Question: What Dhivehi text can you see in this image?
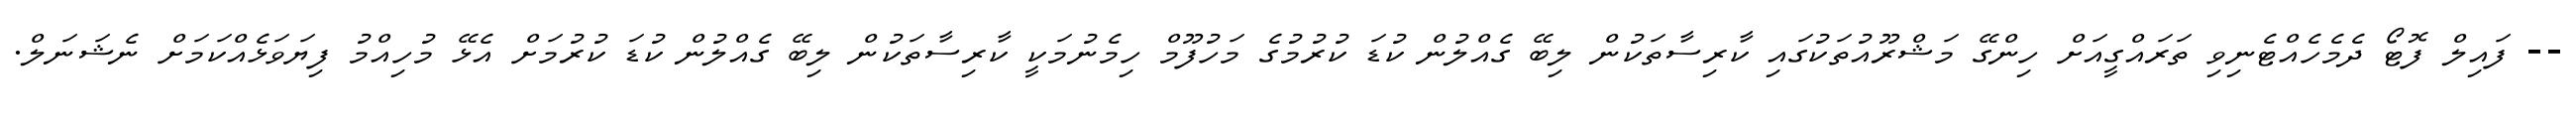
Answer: -- ފައިލް ފޮޓޯ ދެމެހެއްޓެނިވި ތަރައްގީއަށް ހިންގޭ މަޝްރޫއުތަކުގައި ކާރިސާތަކުން ލިބޭ ގެއްލުން ކުޑަ ކުރުމުގެ މަހުފޫމް ހިމެނުމަކީ ކާރިސާތަކުން ލިބޭ ގެއްލުން ކުޑަ ކުރުމަށް އެޅޭ މުހިއްމު ފިޔަވަޅެއްކަމަށް ނެޝަނަލް.